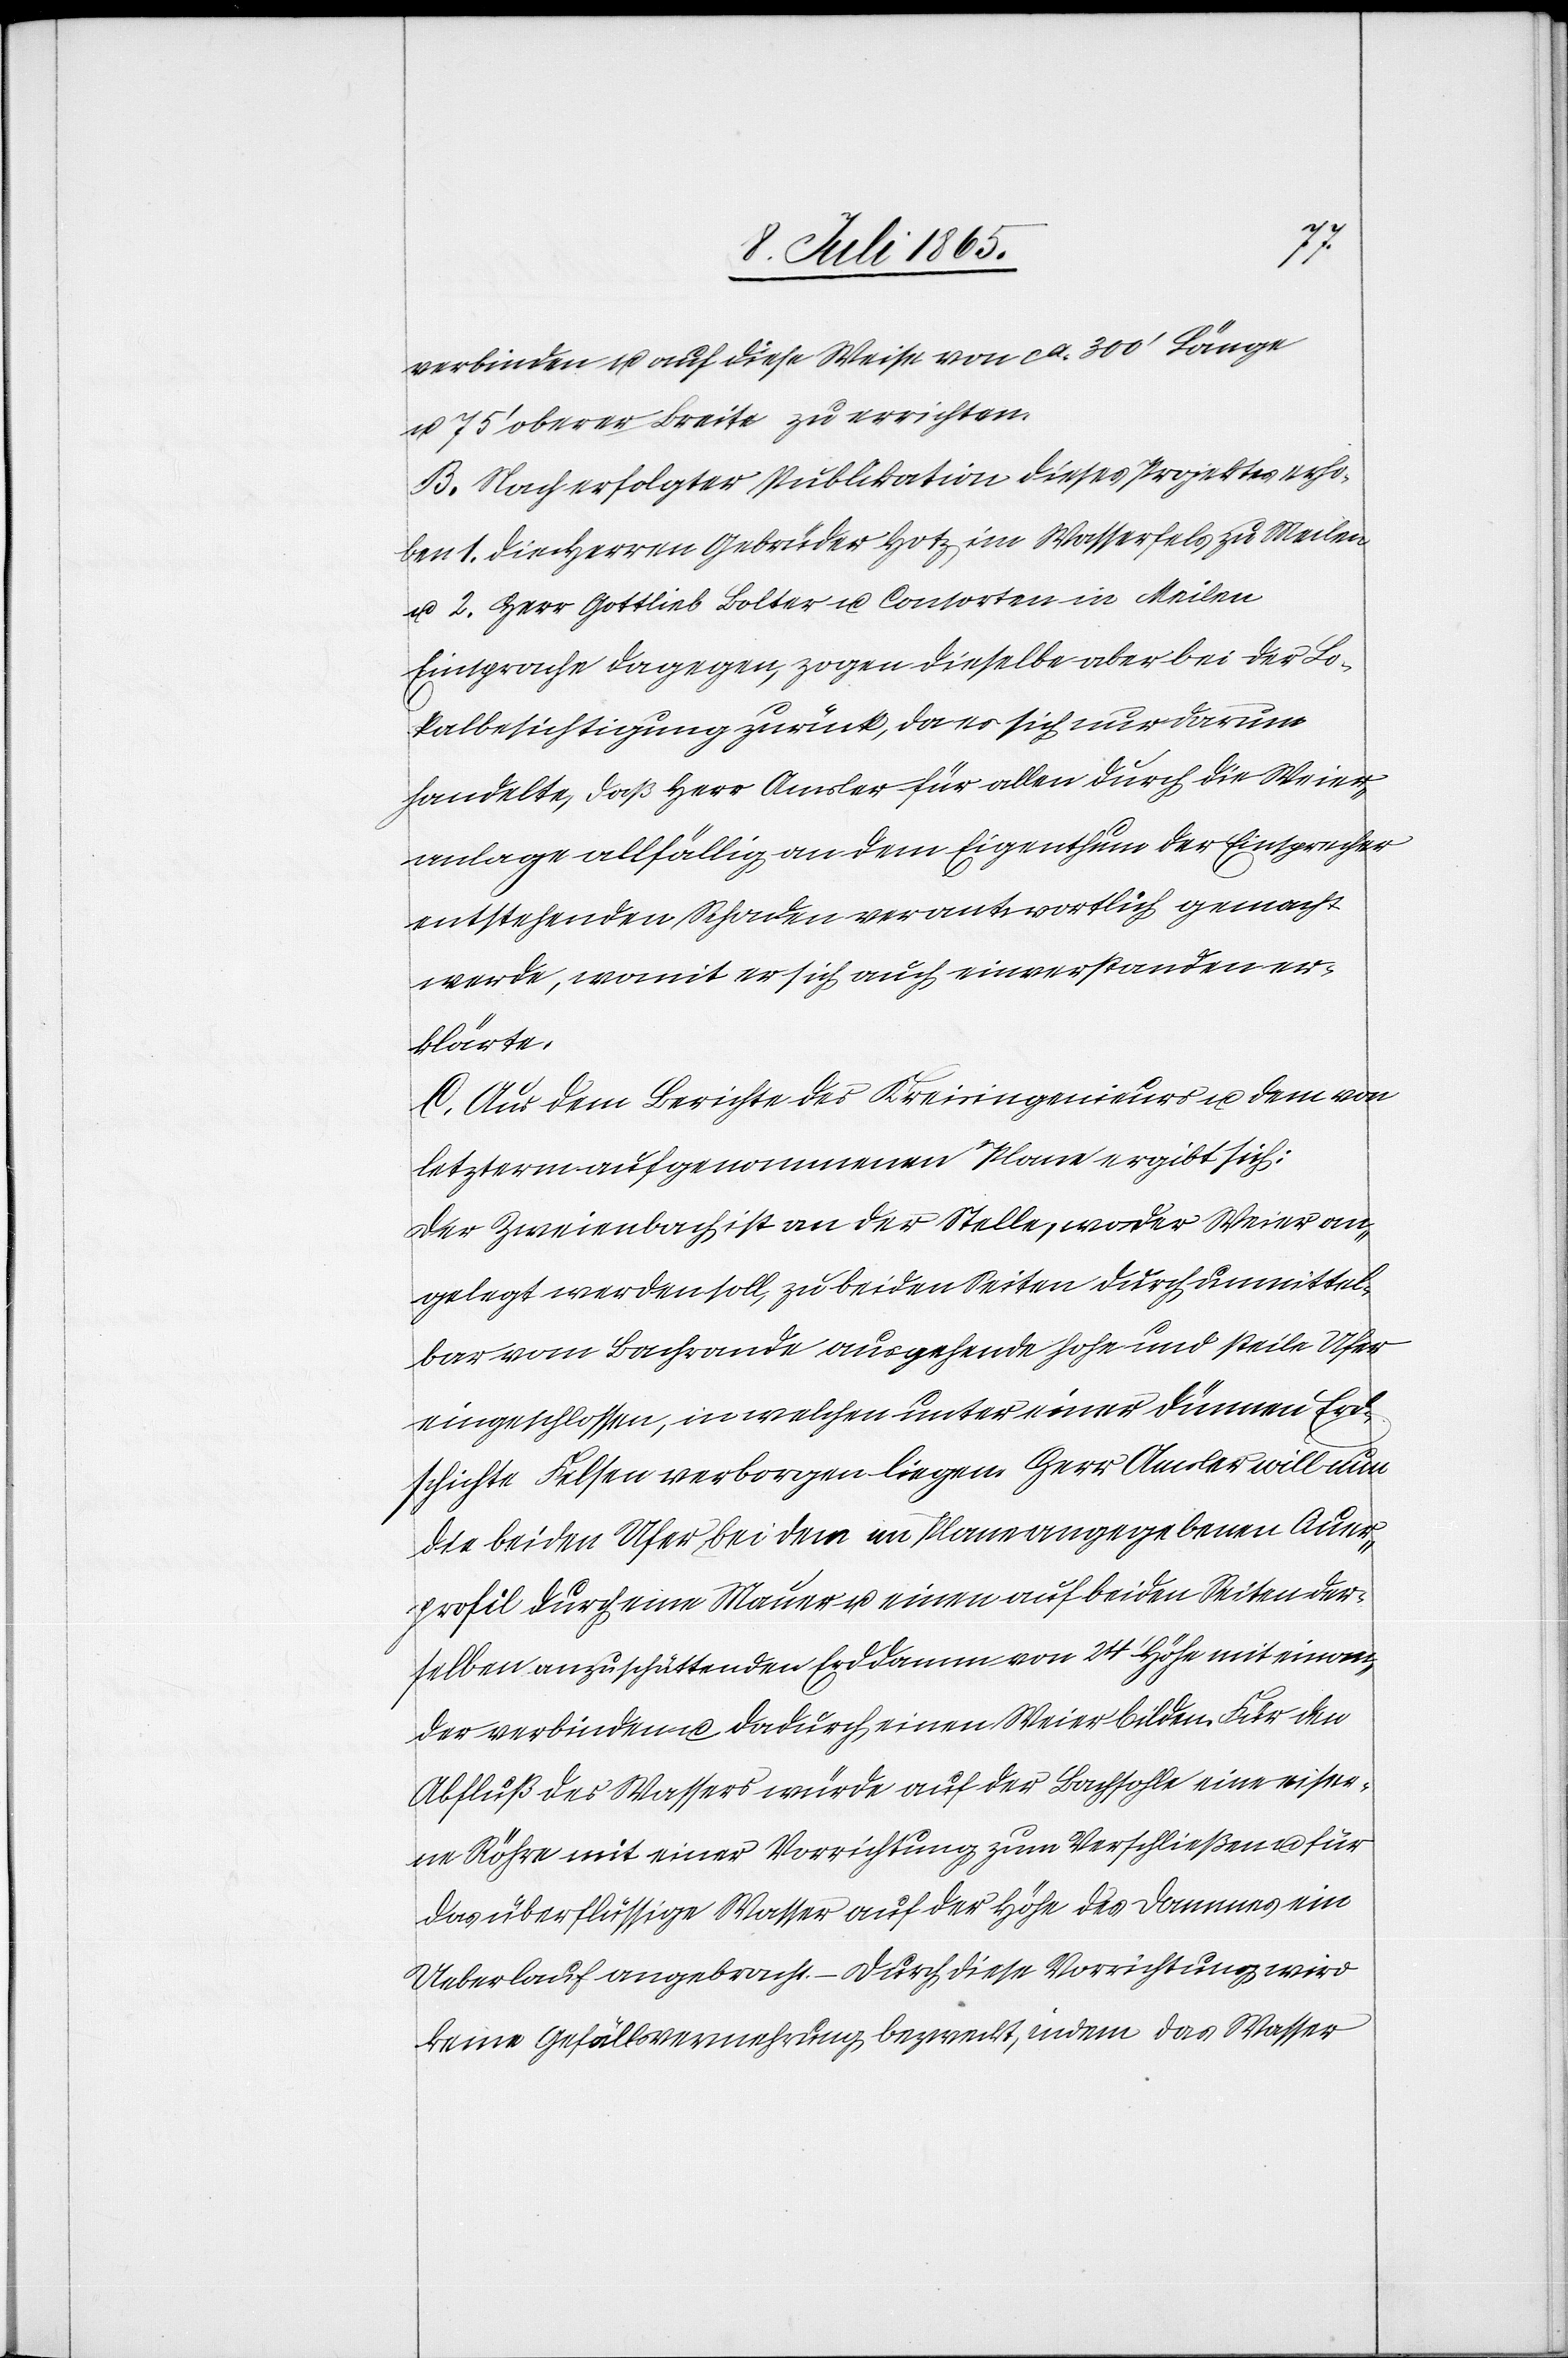
verbinden u. auf diese Weise von ca 300’ Länge
u. 75’ oberer Breite zu errichten.
B. Nach erfolgter Publikation dieses Projektes erho¬
ben 1. die Herren Gebrüder Hotz im Wasserfels zu Meilen
u. 2. Herr Gottlieb Bolter u. Consorten in Meilen
Einsprache dagegen, zogen dieselbe aber bei der Lo¬
kalbesichtigung zurück, da es sich nur darum
handelte, daß Herr Amsler für allen durch die Weier¬
anlage allfällig an dem Eigenthum der Einsprecher
entstehenden Schaden verantwortlich gemacht
werde, womit er sich auch einverstanden er¬
klärte.
C. Aus dem Berichte des Kreisingenieurs u. dem von
letzterm aufgenommenen Plane ergibt sich:
Der Zweienbach ist an der Stelle, wo der Weier an¬
gelegt werden soll, zu beiden Seiten durch unmittel¬
bar vom Bachrande ausgehende hohe und steile Ufer
eingeschlossen, in welchen unter einer dünnen Erd¬
schichte Felsen verborgen liegen. Herr Amsler will nun
die beiden Ufer bei dem im Plane angegebenen Auer¬
profil durch eine Mauer u. einen auf beiden Seiten der¬
selben anzuschüttenden Erddamm von 24’ Höhe mit einan¬
der verbinden u. dadurch einen Weier bilden. Für den
Abfluß des Wassers würde auf der Bachsohle eine eiser¬
ne Röhre mit einer Vorrichtung zum Verschließen u. für
das überflüssige Wasser auf der Höhe des Dammes ein
Ueberlauf angebracht. Durch diese Vorrichtung wird
keine Gefällsvermehrung bezweckt, indem das Wasser